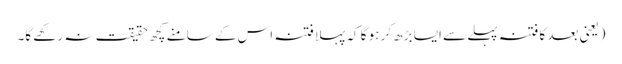
(یعنی بعد کا فتنہ پہلے سے ایسا بڑھ کر ہو گا کہ پہلا فتنہ اس کے سامنے کچھ حقیقت نہ رکھے گا۔